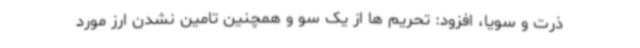
ذرت و سویا، افزود: تحریم ها از یک سو و همچنین تامین نشدن ارز مورد